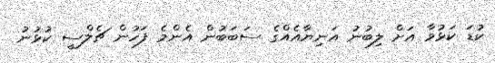
ކުޑަ ކަޅުވާ އަށް ލިބުނު އަނިޔާއެއްގެ ސަބަބުން އެންމެ ފަހުން ޗެލްސީ ކުޅުނު